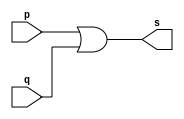
// ------------------------- 
// Exemplo0004 - OR 
// Nome: Milton costa teles da silva
// ------------------------- 
// ------------------------- 
// -- or gate 
// ------------------------- 
module orgate (output s,
                input p,q); 
 assign s = p | q; 
endmodule // orgate 
// --------------------- 
// -- test or gate 
// --------------------- 
module testorgate; 
// ------------------------- dados locais 
   reg a, b; // definir registradores 
   wire s; // definir conexao (fio) 
// ------------------------- instancia 
   orgate OR1 (s, a, b); 
// ------------------------- preparacao 
   initial begin:start
	           // atribuicao simultanea 
              // dos valores iniciais  
   a=0; b=0; 
end 
// ------------------------- parte principal 
   initial begin 
     $display("Exemplo0004 - Milton costa teles da silva - 002751"); 
     $display("Test OR gate"); 
     $display("\na & b = s\n"); 
     a=0; b=0; 
   #1 $display("%b & %b = %b", a, b, s); 
     a=0; b=1; 
   #1 $display("%b & %b = %b", a, b, s); 
     a=1; b=0; 
   #1 $display("%b & %b = %b", a, b, s); 
     a=1; b=1; 
   #1 $display("%b & %b = %b", a, b, s); 
end 
endmodule // testorgate